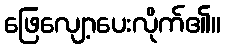
ဖြေလျော့ပေးလိုက်၏။